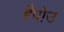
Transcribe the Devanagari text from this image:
हैपोउ